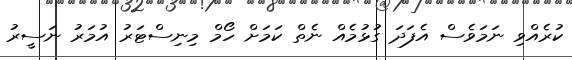
ކުރެއްވި ނަމަވެސް އެފަދަ ގުޅުމެއް ނެތް ކަމަށް ހޯމް މިނިސްޓަރު އުމަރު ނަސީރު